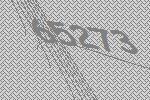
65273